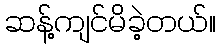
ဆန့်ကျင်မိခဲ့တယ်။